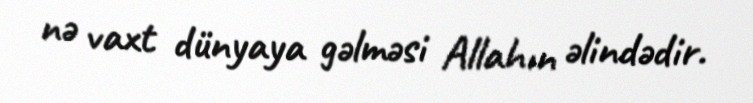
nə vaxt dünyaya gəlməsi Allahın əlindədir.